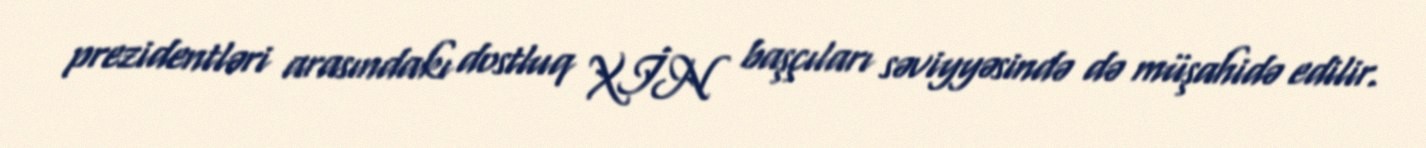
prezidentləri arasındakı dostluq XİN başçıları səviyyəsində də müşahidə edilir.